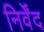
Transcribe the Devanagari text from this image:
निर्वेंद